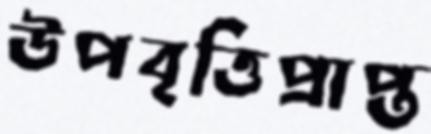
উপবৃত্তিপ্রাপ্ত